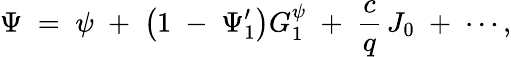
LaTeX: \Psi\; =\; \psi\; +\; \left(1\; -\; \Psi_{1}^{\prime}\right)G_{1}^{\psi}\; +\; \frac{c}{q}\, J_{0}\; +\; \cdots,